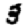
Digit: 3